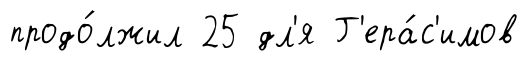
продо́лжил 25 дл'я Г'ера́с'имов